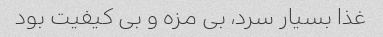
غذا بسیار سرد، بی مزه و بی کیفیت بود